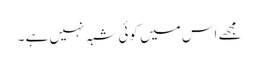
مجھے اس میں کوئی شبہ نہیں ہے ۔